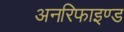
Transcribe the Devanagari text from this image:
अनरिफाइण्ड